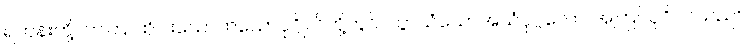
ရဟန်းတို့။ တတြ၊ ထိုငါးယောက်သောပုဂ္ဂိုလ်တို့တွင်။ ယွာယံသောအယံပုဂ္ဂလော၊ အကြင်ပုဂ္ဂိုလ်သည်။